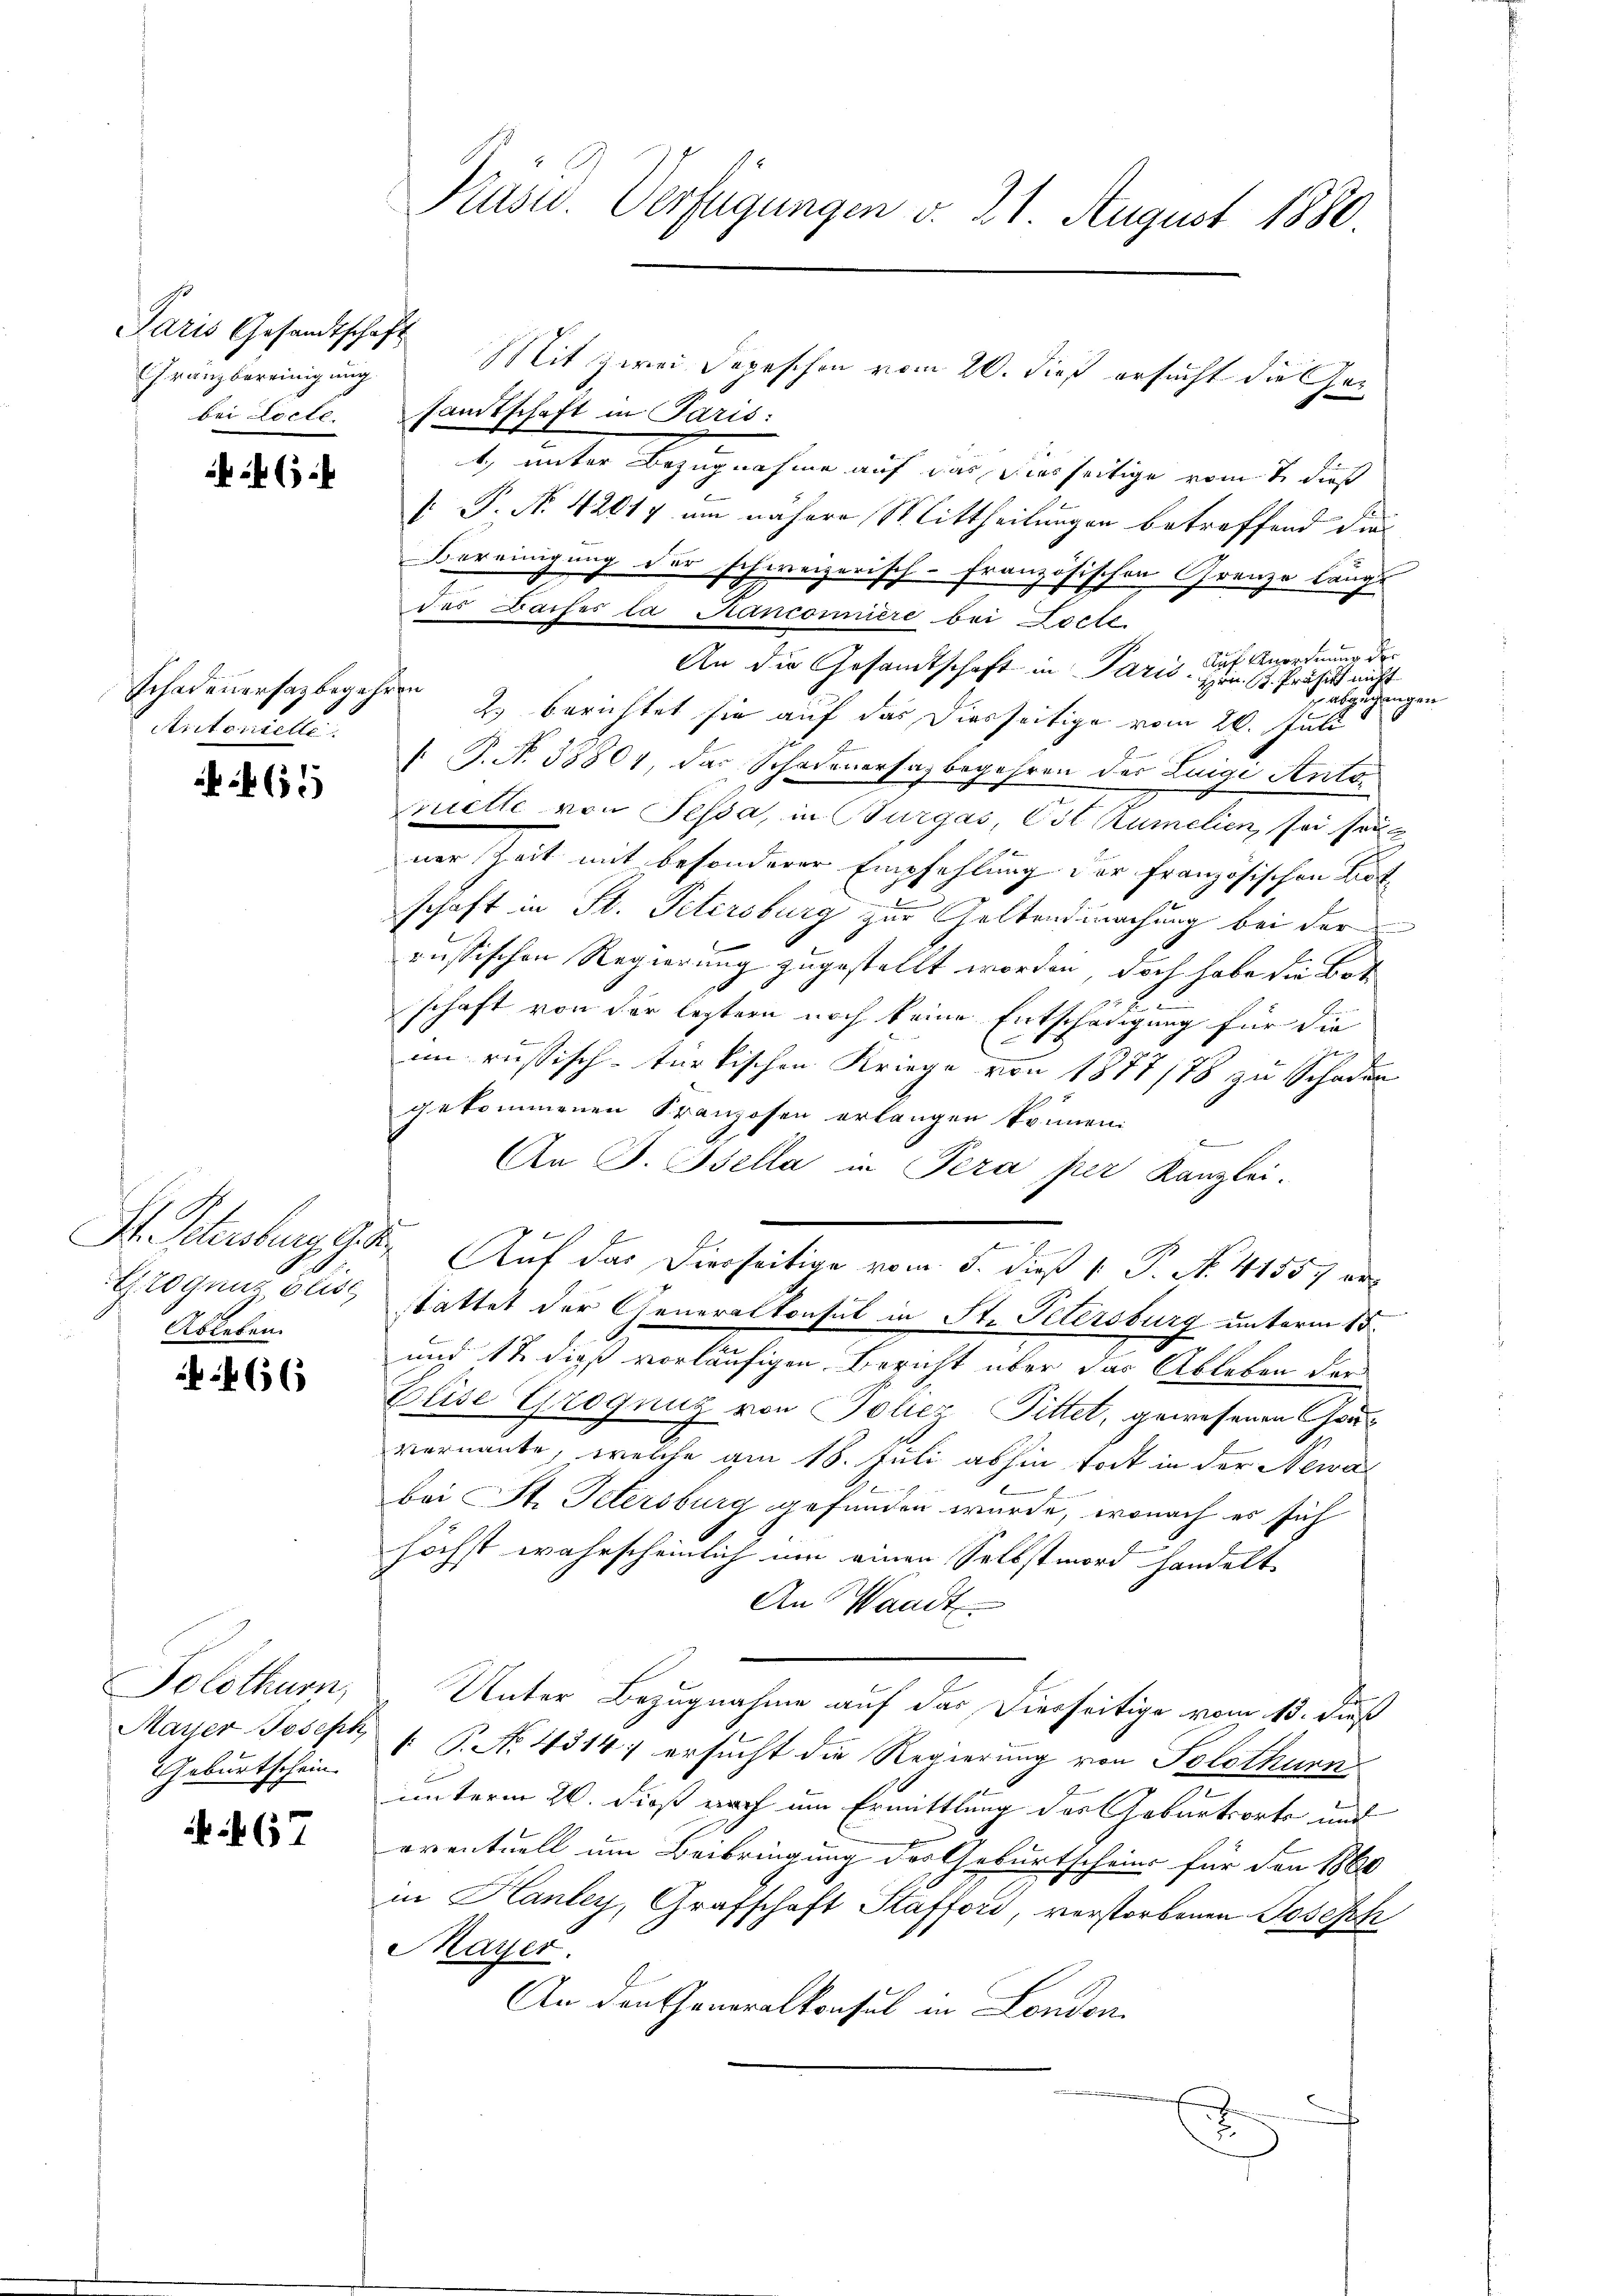
Paris Gesandtschaft
Franzbereinigung

x

Schadenersatz begehren
Aritoriette

65

Ableben.

466

Solothurn,
Geburtschein.

67

bei Locte. Landtschaft in Paris:
1. unter Bezugnahme auf das diesseitige vom 7. dieß
[: P. Nr. 42017 um nähere Mittheilungen betreffend dies
Bereinigung der schweizerisch-Französischen Grenze länge
des Baches la Hancomniere bei Locte
Auf Anordnung der
An die Gesandtschaft in Paris. Hrn. St. Präses nicht
abgegangen
2.) berichtet sie auf das Diesseitige vom 26. Juli
 P. N. 38804, das Schadenersagbegehren der Luigi Antomuette von Sessa, in Burgas, Ost Rumelion, so sol
ner Zeit mit besonderer Empfehlung der französischen Lotschaft in St. Petersburg zur Geltendmachung bei der
.
russischen Regierung zugestellt worden, doch habe die Bot
schaft von der leztern noch keine Entschädigung für die
1
J
im russisch-türkischen Kriege von 1877/78 zu Schaden
gekommenen Kranzosen erlangen können
An J. Bella in Pera per Kanzlei.
St. Petersburg G. K. Auf das Dierseitige vom 5. dieß 1 P. N. 41557 er¬
Grognus blich stattet der Generalkonsul in Str. Petersburg unterm 15.
und 17 dieß vorläufigen Bericht über das Ableben der
Beise Grognug von Poliez Pittet, gewesenen Gouvernannte, welche am 18. Juli abhin todt in der Newa
bei St. Petersburg gefunden wurde, wonach es sich
höchst wahrscheinlich um einen Selbstmord handelt.
An Waadt
Unter Bezugnahme auf das Diesseitige vom 13. Fuß
Mayser Joseph  P. No. 4314; ersucht die Regierung von Solothurn
unterm 20. dieß auch um Ermittlung des Geburtsorte und
eventuell um Beibringung des Geburtschein für den 1860
in Hanley, Grafschaft Stafford, verstorbenen Joseph
Mayer.
An den Cheneralkonsul in London
 |
.

Präsid. Verfügungen v. 21. August 1880.

Mit zwei Depeschon vom 20. dieß ersucht die Ge¬